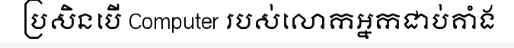
ប្រសិនបើ Computer របស់លោកអ្នកជាប់គាំង